Notes on vaccination in the North-West Frontier Province 1923-1928 - 1923-1928
Year: 1923
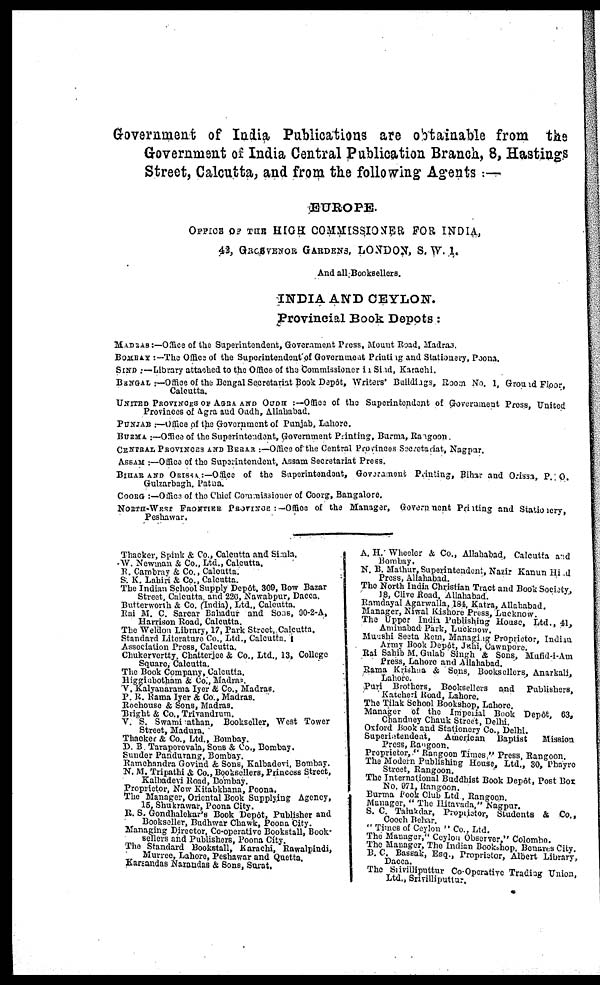
Government of India Publications are obtainable from the
Government of India Central Publication Branch, 8, Hastings
Street, Calcutta, and from the following Agents : —
EUROPE.
OFFICE OF THE HIGH COMMISSIONER FOR INDIA,
43, GROSVENOR GARDENS, LONDON, S. W. 1.
And all Booksellers.
INDIA AND CEYLON.
Provincial Book Depots:
MADRAS:—Office of the Superintendent, Government Press, Mount Road, Madras.
BOMBAY :—The Office of the Superintendent of Government Printing and Stationery, Poona.
SIND :—Library attached to the Office of the Commissioner in Sind, Karachi.
BENGAL :—Office of the Bengal Secretariat Book Depôt, Writers' Buildings, Room No. 1, Ground Floor,
Calcutta.
UNITED PROVINCES OF AGRA AND OUDH :—Office of the Superintendent of Government Press, United
Provinces of Agra and Oudh, Allahabad.
PUNJAB :—Office of the Government of Punjab, Lahore.
BURMA :—Office of the Superintendent, Government Printing, Burma, Rangoon.
CENTRAL PROVINCES AND BERAR :—Office of the Central Provinces Secretariat, Nagpur.
ASSAM :—Office of the Superintendent, Assam Secretariat Press.
BIHAR AND O R P r i n t i n g , Bi har and ISSA:—Office of the Superintendent, Government Printing, Bihar and Orissa, P. O.
Gulzarbagh, Patna.
COORG :—Office of the Chief Commissioner of Coorg, Bangalore.
NORTH-WEST FRONTIER PROVINCE :-Office of the Manager, Government Printing and Stationery,
Peshawar.
Thacker, Spink & Co., Calcutta and Simla.
W. Newman & Co., Ltd., Calcutta.
R. Cambray & Co., Calcutta.
S. K. Lahiri & Co., Calcutta.
The Indian School Supply Depôt, 309, Bow Bazar
Street, Calcutta, and 220, Nawabpur, Dacca.
Butterworth & Co. (India), Ltd., Calcutta.
Rai M. C. Sarcar Bahadur and Sons, 90-2-A,
Harrison Road, Calcutta.
The Weldon Library, 17, Park Street, Calcutta.
Standard Literature Co., Ltd., Calcutta. 1
Association Press, Calcutta.
Chukervertty, Chatterjee & Co., Ltd., 13, College
Square, Calcutta.
The Book Company, Calcutta.
Higginbotham & Co., Madars.
V. Kalyanarama Iyer & Co., Madras.
P. R. Rama Iyer & Co., Madras.
Rochouse & Sons, Madras.
Bright & Co., Trivandrum.
V. S. Swami athan, Bookseller, West Tower
Street, Madura.
Thacker & Co., Ltd., Bombay.
D. B. Taraporevala, Sons & Co., Bombay.
Sunder Pandurang, Bombay.
Ramchandra Govind & Sons, Kalhadevi, Bombay.
N. M. Tripathi & Co., Booksellers, Princess Street,
Kalhadevi Road, Bombay.
Proprietor, Now Kitabkhana, Poona.
The Manager, Oriental Book Supplying Agency,
15, Shukrawar, Poona City.
R. S. Gondhalekar's Book Depôt, Publisher and
Bookseller, Budhwar Chawk, Poona City.
Managing Director, Co-operative Bookstall, Book-
sellers and Publishers, Poona City.
The Standard Bookstall, Karachi, Rawalpindi,
Murree, Lahore, Peshawar and Quetta.
Karsandae Naraadas & Sons, Surat.
A. H. Wheeler & Co., Allahabad, Calcutta and
Bombay.
N. B. Mathur, Superintendent, Nazir Kanun Hind
Press, Allahabad.
The North India Christian Tract and Book Society,
18, Clive Road, Allahabad.
Ramdayal Agarwalla, 184, Katra, Allahabad.
Manager, Niwal Kishore Press, Lucknow.
The Upper India Publishing House, Ltd., 41,
Aminabad Park, Lucknow.
Munshi Seeta Ram, Managing Proprietor, Indian
Army Book Depôt, Jkhi, Cawnpore.
Rai Sahib M. Gulab Singh & Sons, Mufid-i-Am
Press, Lahore and Allahabad.
Rama Krishna & Sons, Booksellers, Anarkali,
Lahore
Puri Brothers, Booksellers and Publishers,
Katcheri Road, Lahore.
The Tilak School Bookshop, Lahore.
Manager of the Imperial Book Depôt, 63,
Chandney Chauk Street, Delhi.
Oxford Book and Stationery Co., Delhi.
Superintendent,
American Baptist
Mission
Press, Rangoon.
Proprietor," Rangoon Times " Press, Rangoon.
The Modern Publishing House, Ltd., 30, Phayre
Street, Rangoon.
The International Buddhist Book Depôt, Post Box
No. 971, Rangoon.
Burma Book Club Ltd , Rangoon.
Manager, " The Hitavada," Nagpur.
S. C. Talukdar, Proprietor, Students & Co.,
Cooch Behar.
" Times of Ceylon " Co., Ltd.
The Manager," Ceylon Observer," Colombo.
The Manager, The Indian Bookshop, Benares City.
B. C. Bassak, Esq., Proprietor, Albert Library,
Dacca.
The Srivilliputtur Co-Operative Trading Union,
Ltd., Srivilliputtur.